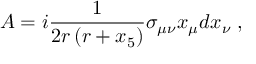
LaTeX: A = i \frac { 1 } { 2 r \left( r + x _ { 5 } \right) } \sigma _ { \mu \nu } x _ { \mu } d x _ { \nu } \; ,